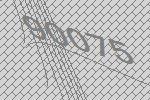
90075